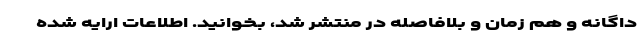
داگانه و هم زمان و بلافاصله در منتشر شد، بخوانید. اطلاعات ارایه شده